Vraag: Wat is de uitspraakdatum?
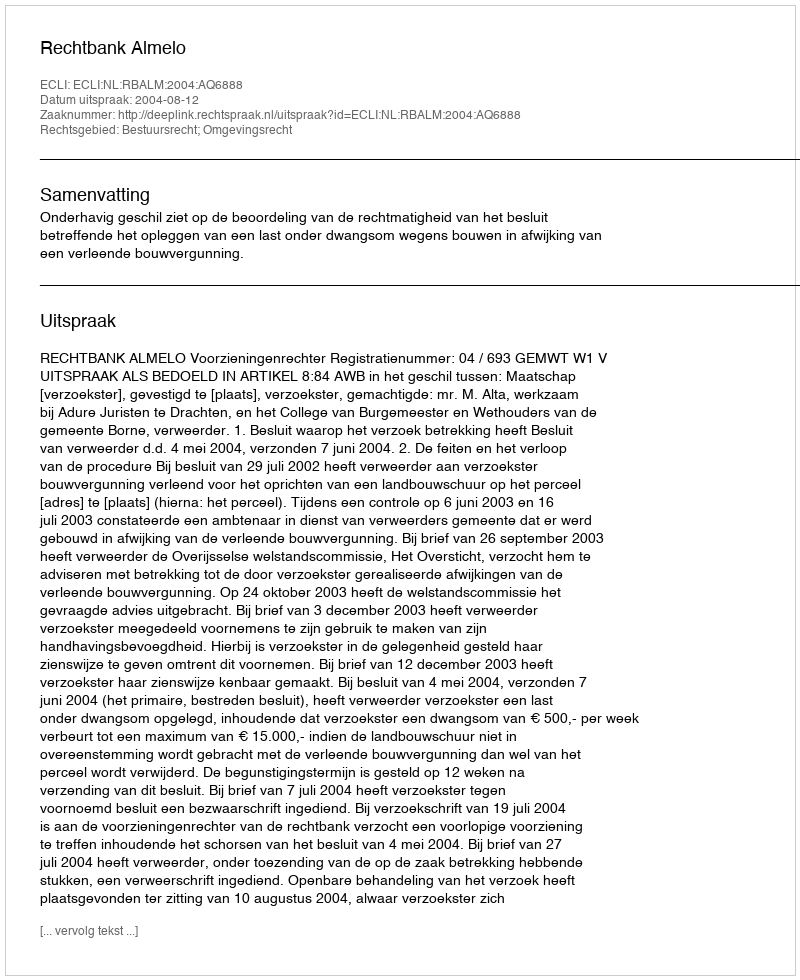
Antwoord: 2004-08-12